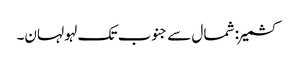
کشمیر: شمال سے جنوب تک لہو لہان۔